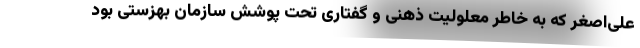
علی‌اصغر که به خاطر معلولیت ذهنی و گفتاری تحت پوشش سازمان بهزستی بود